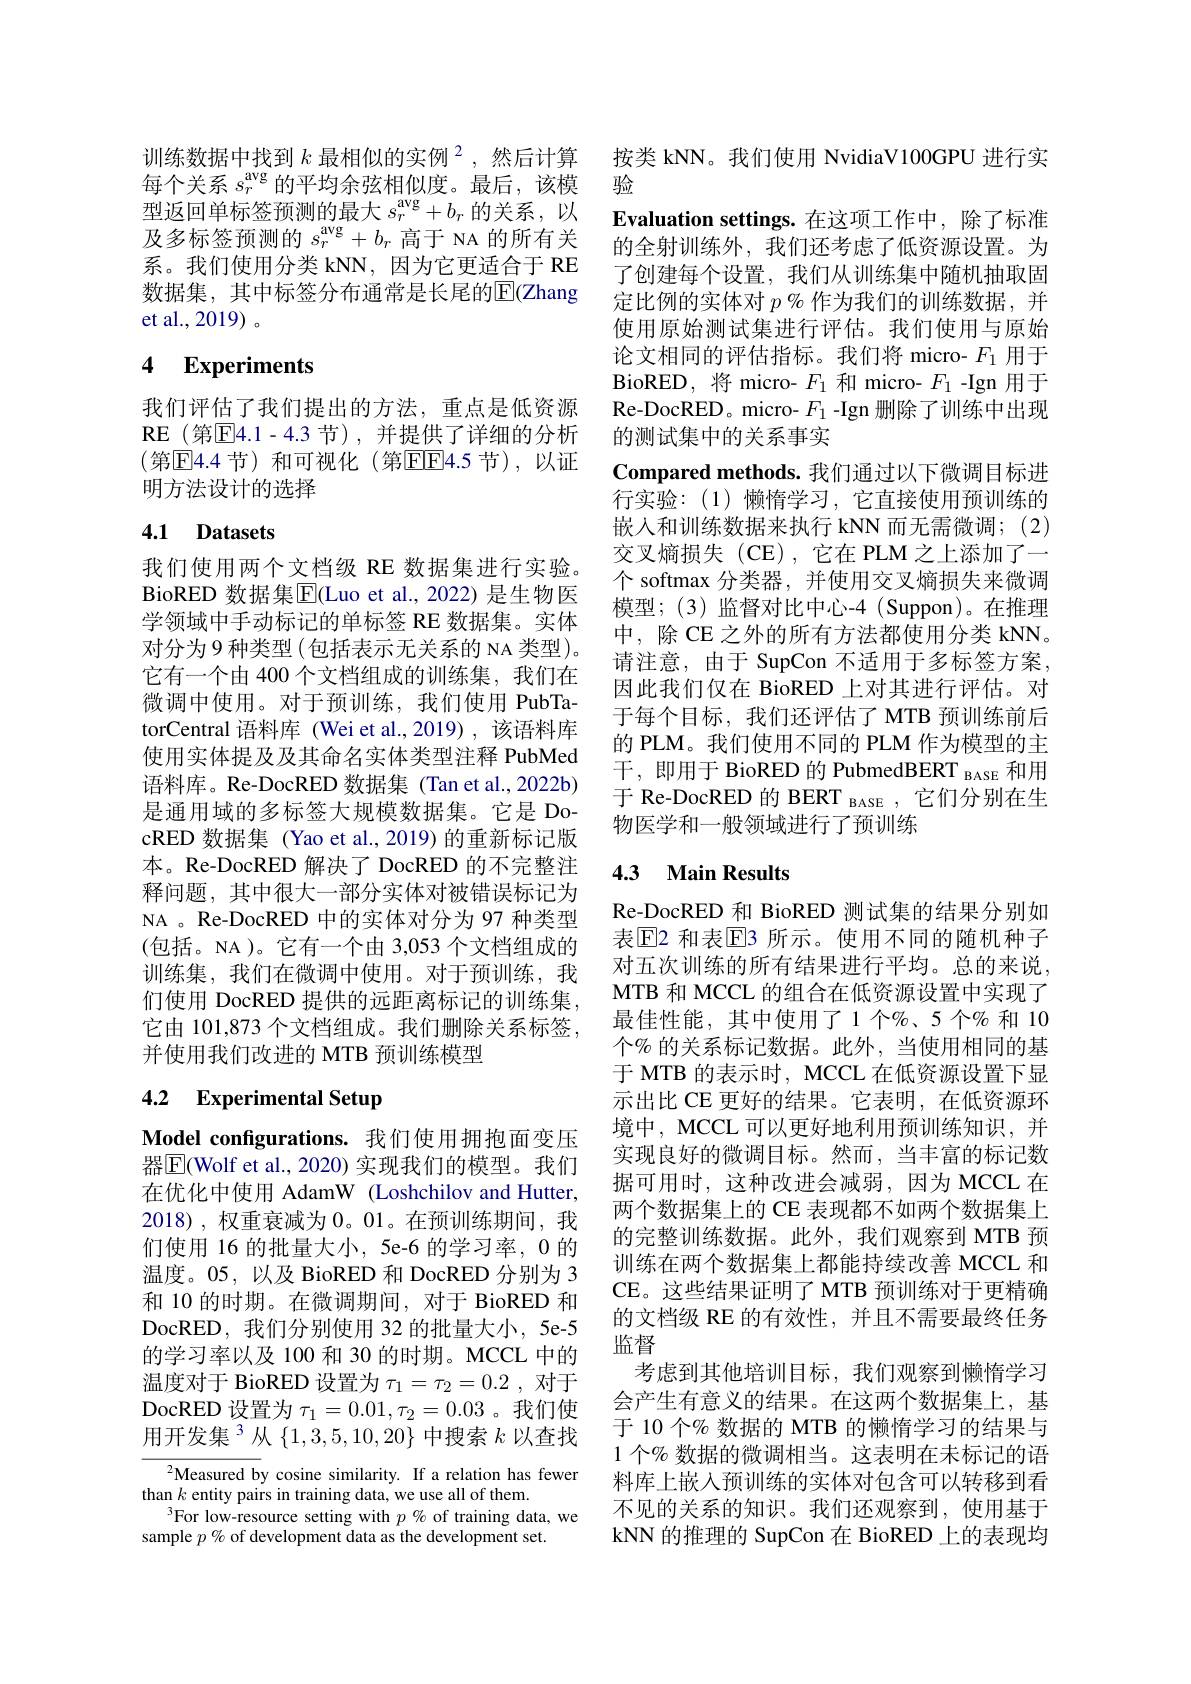
训练数据中找到$k\text{ 最相似的实例}^{2}$,然后计算每个关系$s_r^\mathrm{avg}$的平均余弦相似度。最后，该模型返回单标签预测的最大$s_r^\mathrm{avg}+b_r$的关系，以及多标签预测的$s_r^\mathrm{avg}+b_r$高于 NA 的所有关系。我们使用分类 kNN,因为它更适合于 RE 数据集，其中标签分布通常是长尾的$\overline{\mathrm{E}}$(Zhang et al.,2019)。

# 4 Experiments

我们评估了我们提出的方法，重点是低资源RE(第$\boxed{\mathrm{F}}4.1-4.3$节),并提供了详细的分析(第E4.4 节)和可视化(第EF4.5 节),以证明方法设计的选择

## 4.1 Datasets

我们使用两个文档级 RE 数据集进行实验。BioRED 数据集$\overline{\mathrm{E}}($Luo et al.,2022) 是生物医学领域中手动标记的单标签 RE 数据集。实体对分为9种类型(包括表示无关系的 NA 类型)。它有一个由 400 个文档组成的训练集，我们在微调中使用。对于预训练，我们使用 PubTatorCentral 语料库 (Wei et al.,2019),该语料库使用实体提及及其命名实体类型注释 PubMed 语料库。Re-DocRED 数据集 (Tan et al.,2022b) 是通用域的多标签大规模数据集。它是 DocRED 数据集 (Yao et al.,2019) 的重新标记版本。Re-DocRED 解决了 DocRED 的不完整注释问题，其中很大一部分实体对被错误标记为NA 。Re-DocRED 中的实体对分为 97 种类型$(包括。NA)。它有一个由3，053个文档组成的$ 训练集，我们在微调中使用。对于预训练，我们使用 DocRED 提供的远距离标记的训练集， 它由 101,873 个文档组成。我们删除关系标签， 并使用我们改进的 MTB 预训练模型

## 4.2 Experimental Setup

Model configurations. 我们使用拥抱面变压器$\overline{\mathrm{E}}($Wolf et al., 2020) 实现我们的模型。我们在优化中使用 AdamW (Loshchilov and Hutter, 2018),权重衰减为0。01。在预训练期间，我们使用 16 的批量大小，5e-6 的学习率，0 的温度。05,以及 BioRED 和 DocRED 分别为 3和 10 的时期。在微调期间，对于 BioRED 和DocRED,我们分别使用 32 的批量大小，5e-5的学习率以及 100 和 30 的时期。MCCL 中的温度对于 BioRED 设置为$\tau_1=\tau_2=0.2$ ,对于DocRED 设置为$\tau_1=0.01,\tau_2=0.03$ 。我们使用开发集$^{3}$从$\{1,3,5,10,20\}$中搜索$k$以查找

${^{2}\text{Measured by cosine similarity. If a relation has fewer}}$
than $k$ entity pairs in training data, we use all of them.
$^{3}$For low-resource setting with $p\%$ of training data, we
sample $p\%$ of development data as the development set.

按类 kNN。我们使用 NvidiaV100GPU 进行实
验
Evaluation settings.在这项工作中，除了标准的全射训练外，我们还考虑了低资源设置。为了创建每个设置，我们从训练集中随机抽取固定比例的实体对$p$ % 作为我们的训练数据，并使用原始测试集进行评估。我们使用与原始论文相同的评估指标。我们将 micro- $F_{1}$用于BioRED, 将 micro- $F_1$和 micro- $F_1$ -Ign 用于Re-DocRED。micro- $F_1$ -Ign 删除了训练中出现的测试集中的关系事实
$\textbf{Compared methods. 我 们 通 过 以 下 微 调 目 标 进 }$ 行实验：(1)懒惰学习，它直接使用预训练的嵌入和训练数据来执行 kNN 而无需微调；(2) 交叉熵损失(CE),它在 PLM之上添加了一个 softmax 分类器，并使用交叉熵损失来微调模型；(3)监督对比中心-4(Suppon)。在推理中，除 CE 之外的所有方法都使用分类 kNN。请注意，由于 SupCon 不适用于多标签方案， 因此我们仅在 BioRED 上对其进行评估。对于每个目标，我们还评估了 MTB 预训练前后的 PLM。我们使用不同的 PLM 作为模型的主干，即用于 BioRED 的 PubmedBERT $_{\text{вASE}}$和用于 Re-DocRED 的 BERT $_{\mathrm{BASE}}$ ,它们分别在生物医学和一般领域进行了预训练

## 4.3 Main Results

Re-DocRED 和 BioRED 测试集的结果分别如表$\operatorname{E}$2 和表$\operatorname{E}$3 所示。使用不同的随机种子对五次训练的所有结果进行平均。总的来说， MTB 和 MCCL 的组合在低资源设置中实现了最佳性能，其中使用了1个%、5个% 和 10个% 的关系标记数据。此外，当使用相同的基于 MTB 的表示时，MCCL 在低资源设置下显示出比 CE 更好的结果。它表明，在低资源环境中，MCCL 可以更好地利用预训练知识，并实现良好的微调目标。然而，当丰富的标记数据可用时，这种改进会减弱，因为MCCL 在两个数据集上的 CE 表现都不如两个数据集上的完整训练数据。此外，我们观察到 MTB 预训练在两个数据集上都能持续改善 MCCL 和CE。这些结果证明了 MTB 预训练对于更精确的文档级 RE 的有效性，并且不需要最终任务监督
考虑到其他培训目标，我们观察到懒惰学习会产生有意义的结果。在这两个数据集上，基于 10 个% 数据的 MTB 的懒惰学习的结果与1 个% 数据的微调相当。这表明在未标记的语料库上嵌入预训练的实体对包含可以转移到看不见的关系的知识。我们还观察到，使用基于kNN 的推理的 SupCon 在 BioRED 上的表现均